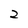
Character: 2